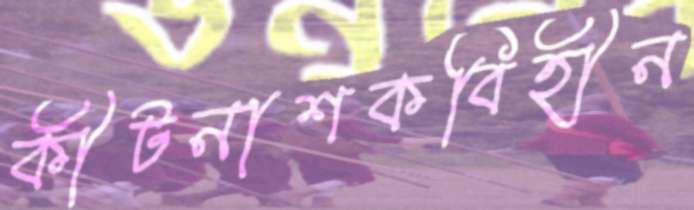
কীটনাশকবিহীন